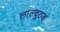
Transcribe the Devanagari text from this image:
लाल्चुठक